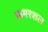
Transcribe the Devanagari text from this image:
कमरशल